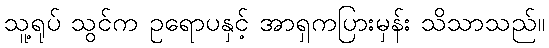
သူ့ရုပ် သွင်က ဥရောပနှင့် အာရှကပြားမှန်း သိသာသည်။